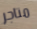
متاجر